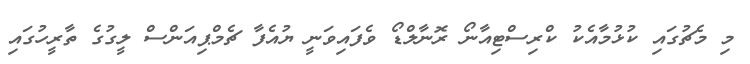
މި މެޗުގައި ކުޅުމާއެކު ކްރިސްޓިއާނޯ ރޮނާލްޑޯ ވެފައިވަނީ ޔުއެފާ ޗެމްޕިއަންސް ލީގުގެ ތާރީހުގައި